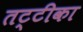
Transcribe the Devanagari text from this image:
तट्टीका